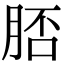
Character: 脴